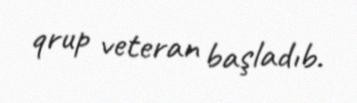
qrup veteran başladıb.